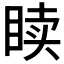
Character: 𬑙